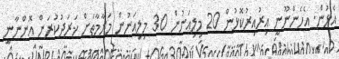
އެޅުން. އެހެންނޫނީ އިރުއިރުކޮޅުން 20 މިލިއަނުން 30 މިލިއަނުން މަރާމާތަށް ޚަރަދުކުރަން އޮންނާނީ